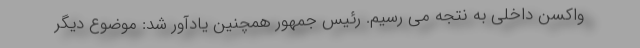
واکسن داخلی به نتجه می رسیم. رئیس جمهور همچنین یادآور شد: موضوع دیگر